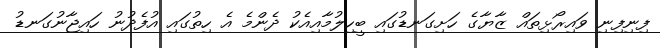
ފިނިފިނި ވައިރޯޅިތައް ޒާޔާގެ ހަށިގަނޑުގައި ބީހިލުމާއިއެކު ދެންމެ އެ ހިތުގައި އުފެދުނު ހައިޖާނުގަނޑު